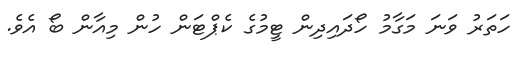
ހަތަރު ވަނަ މަގާމު ހޯދައިދިން ޓީމުގެ ކެޕްޓަން ހުން މިއާން ބޯ އެވެ.